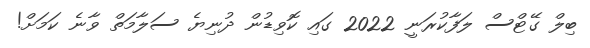
ބިލް ގޭޓްސް ލަފާކުރަނީ 2022 ގައި ކޮވިޑުން ދުނިޔެ ސަލާމަތް ވާނެ ކަމަށް!